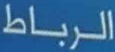
الرباط